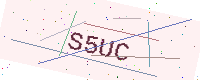
Text: S5UC